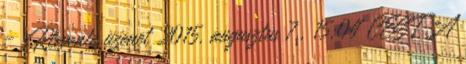
– Rlevente üzenet 2015. augusztus 7., 15:04 CEST A